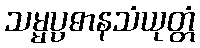
သမ္မပ္ပဓာနသံယုတ္တံ